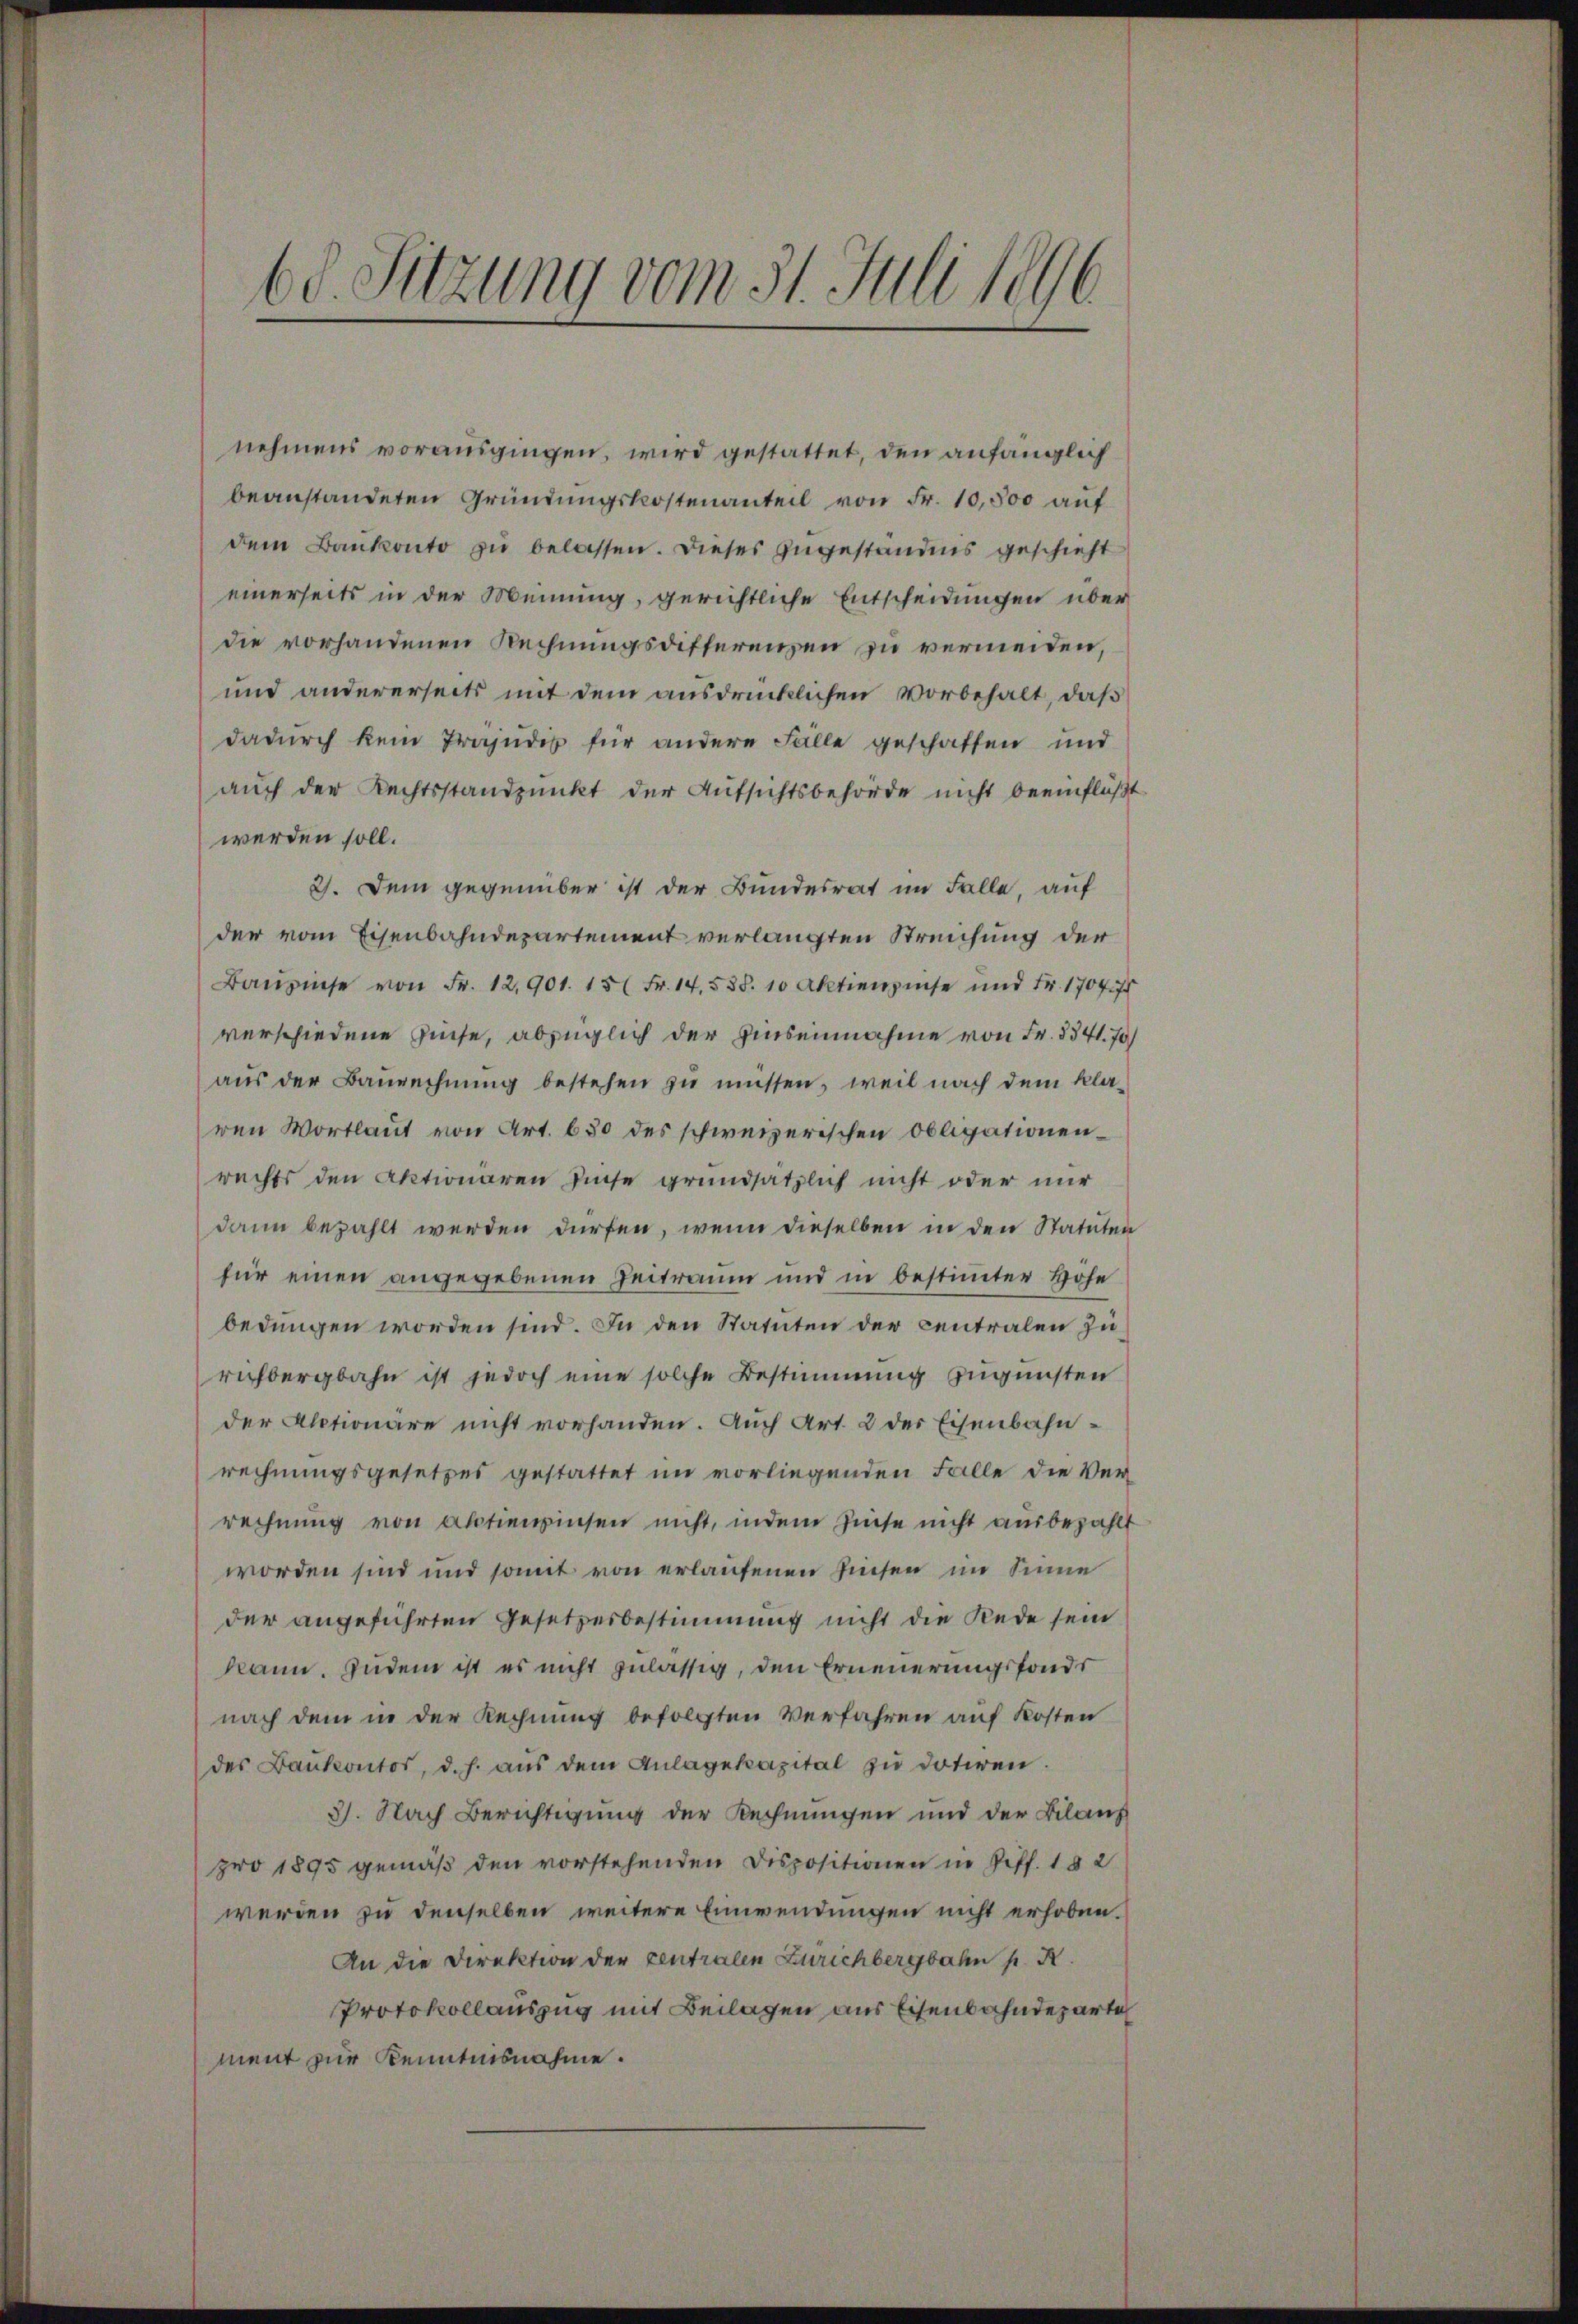
60. Sitzung vom 31. Juli 1896

nehmens vorausgingen, wird gestattet, den anfänglich
beanstandeten Gründungskostenanteil von Fr. 10,500 auf
dem Bankonto zu belassen. Dieses zugeständnis geschieht
einerseits in der Meinung, gerichtliche Entscheidungen über
die vorhandenen Rechnungsdifferenzen zu vermeiden,
und andererseits mit dem ausdrücklichen Vorbehalt, daß
dadurch kein Präjudis für andere Fälle geschaffen und
auch der Rechtsstandpunkt der Aufsichtsbehörde nicht beeinflüßt
werden soll.
2). Dem gegenüber ist der Bundesrat im Falle, auf
der vom Eisenbahndepartement verlangten Streichung der
Bŭsse von Fr. 12,901. 15 Fr. 14. 538. 10 Aktienzinse und Fr. 1704 f
verschiedene Zinse, abzüglich der Zinsennahme von Fr. 8341. 70)
aŭs der Baurechnŭng bestehen zu müssen, weil nach dem klaren Wortlaut von Art. 630 des schweizerischen Obligationenrechts den Aktionären Zinse grundsätzlich nicht oder nur
dann bezahlt werden dürfen, wenn dieselben in den Statuten
für einen angegebenen Zeitraum und in bestimmter Höhe
bedungen worden sind. In den Statuten der centralen zurichbergbahn ist jedoch eine solche Bestimmung zugunsten
der Alptionäre nicht vorhanden. Auch Art. 2 der Eisenbahnrechnungsgesetzes gestattet im vorliegenden Falle die Ver-
rechnung von Actienzinsen nicht, indem Zinse nicht ausbezahlt
worden sind und somit von erlaufenen Riesen im Sinne
der angeführten Gesetzesbestimmung nicht die Rede sein
kann. Zudem ist es nicht zulässig, den Erneuerungsfonder
nach dem in der Rechnung befolgten Verfahren auf Kosten
des Bankontos, d. h. aŭs dem Anlagekapital zŭ dotiren.
3). Nach Berichtigung der Rechnungen und der Bilanz
pro 1895 gemäß den vorstehenden Dispositionen in Ziff. 182
werden zu denselben weitere Einwendungen nicht erhoben.
An die Direktion der Centralen Zürichbergbahn p. N
Protokollauszug mit Beilagen aus Eisenbahndeparte
ment zur Kenntnisnahme.